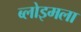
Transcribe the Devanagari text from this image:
ब्लोइमला